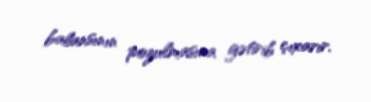
balansının pozulmasına gətirib çıxarır.